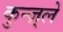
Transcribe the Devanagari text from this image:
कुन्ज़्ले